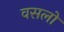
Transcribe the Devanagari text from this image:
वसलो